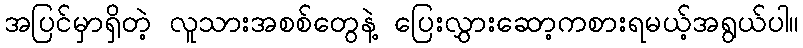
အပြင်မှာရှိတဲ့ လူသားအစစ်တွေနဲ့ ပြေးလွှားဆော့ကစားရမယ့်အရွယ်ပါ။